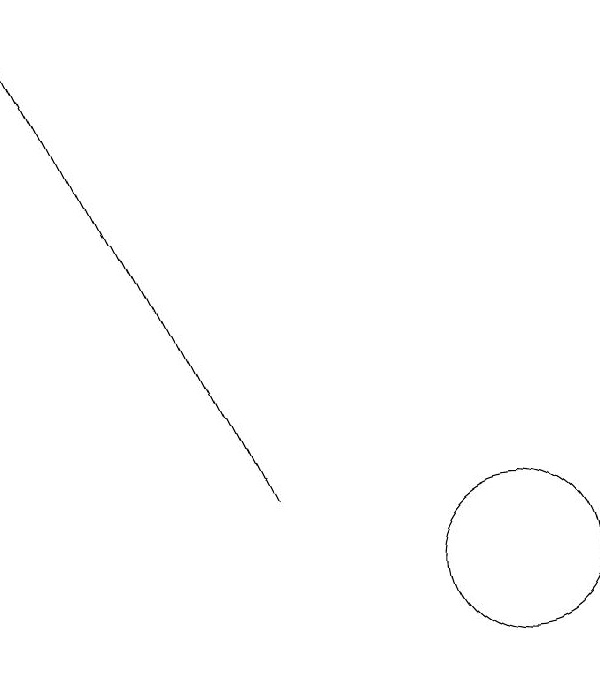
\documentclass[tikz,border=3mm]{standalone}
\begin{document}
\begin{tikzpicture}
\draw (11,12) circle (0);
\draw (12,11) circle (1);
\draw[->] (9,12) -- (6,18);
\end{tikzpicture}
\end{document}